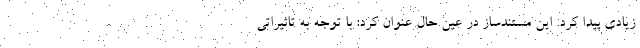
زیادی پیدا کرد. این مستندساز در عین حال عنوان کرد: با توجه به تاثیراتی